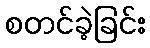
စတင်ခဲ့ခြင်း